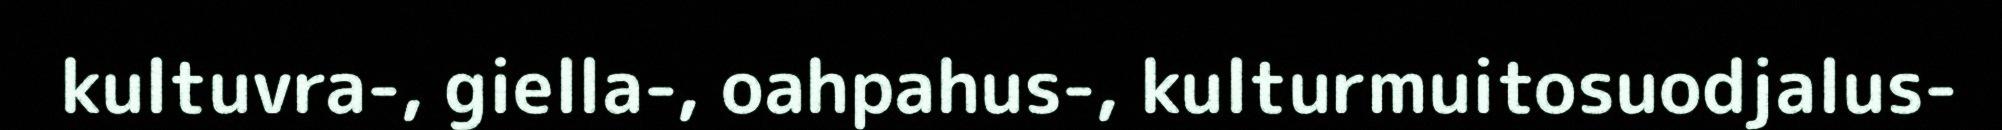
kultuvra-, giella-, oahpahus-, kulturmuitosuodjalus-